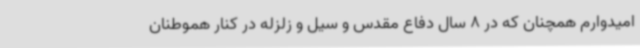
امیدوارم همچنان که در 8 سال دفاع مقدس و سیل و زلزله در کنار هموطنان